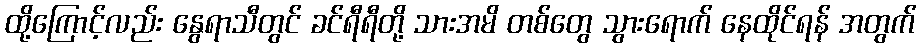
ထို့ကြောင့်လည်း နွေရာသီတွင် ခင်ရီရီတို့ သားအမိ တစ်တွေ သွားရောက် နေထိုင်ရန် အတွက်